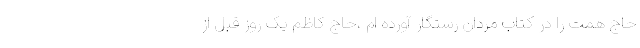
حاج همت را در کتاب مردان رستگار آورده ام ،حاج کاظم یک روز قبل از